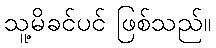
သူ့မိခင်ပင် ဖြစ်သည်။